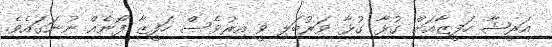
އަރީޝާ ހަފީޒާއަށް ގުޅާ ގުޅާ ވަރުބަލި ވީ އިރުވެސް ހަފީޒާ ފޯނެއް ނުނަގައެވެ.